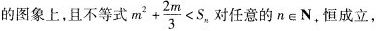
的图象上，且不等式$$m ^ { 2 } + \frac { 2 m } { 3 } < S _ { n }$$ 对任意的n\in N_{+}恒成立，